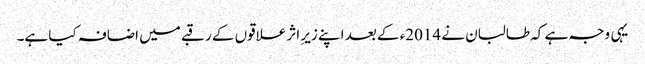
یہی وجہ ہے کہ طالبان نے 2014ء کے بعد اپنے زیرِ اثر علاقوں کے رقبے میں اضافہ کیا ہے۔